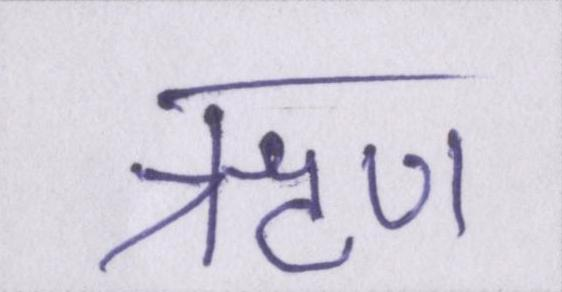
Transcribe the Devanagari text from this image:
ॠण